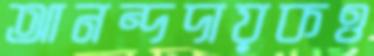
আনন্দদায়কও